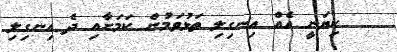
ކިޔަނީ އެއް އިނގިލި ތަޅުވަމުން ކަމަށާއި ދެ އިނގިލި